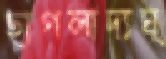
ছাগলাদ্যঘৃ